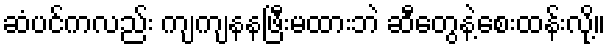
ဆံပင်ကလည်း ကျကျနနဖြီးမထားဘဲ ဆီတွေနဲ့စေးထန်းလို့။